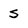
Character: s